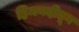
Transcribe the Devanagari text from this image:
हिमनदीतून